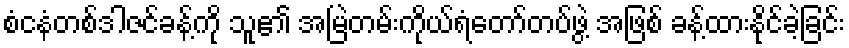
စံငနံတစ်ဒါဇင်ခန့်ကို သူ၏ အမြဲတမ်းကိုယ်ရံတော်တပ်ဖွဲ့ အဖြစ် ခန့်ထားနိုင်ခဲ့ခြင်း